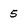
Character: 5